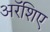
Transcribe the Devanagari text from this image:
अरॅशिए